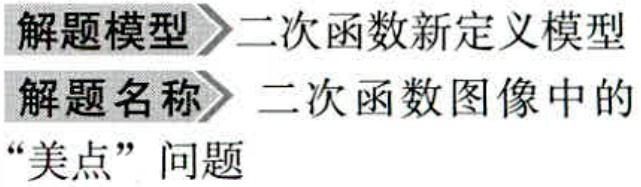
解题模型 \(\rhd\) 二次函数新定义模型
解题名称 \(\rhd\) 二次函数图像中的
“美点”问题